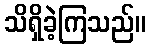
သိရှိခဲ့ကြသည်။